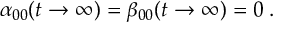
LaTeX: \alpha _ { 0 0 } ( t \to \infty ) = \beta _ { 0 0 } ( t \to \infty ) = 0 \; .